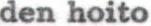
den hoito